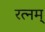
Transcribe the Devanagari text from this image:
रत्नम्‌